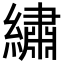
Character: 繡